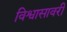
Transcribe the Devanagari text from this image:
विश्वासावरी